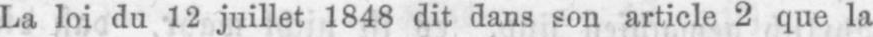
La loi du 12 juillet 1848 dit dans son article 2 que la